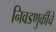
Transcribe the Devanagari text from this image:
निवडणुकींचे